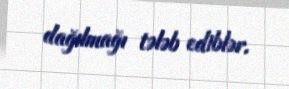
dağılmağı tələb ediblər.